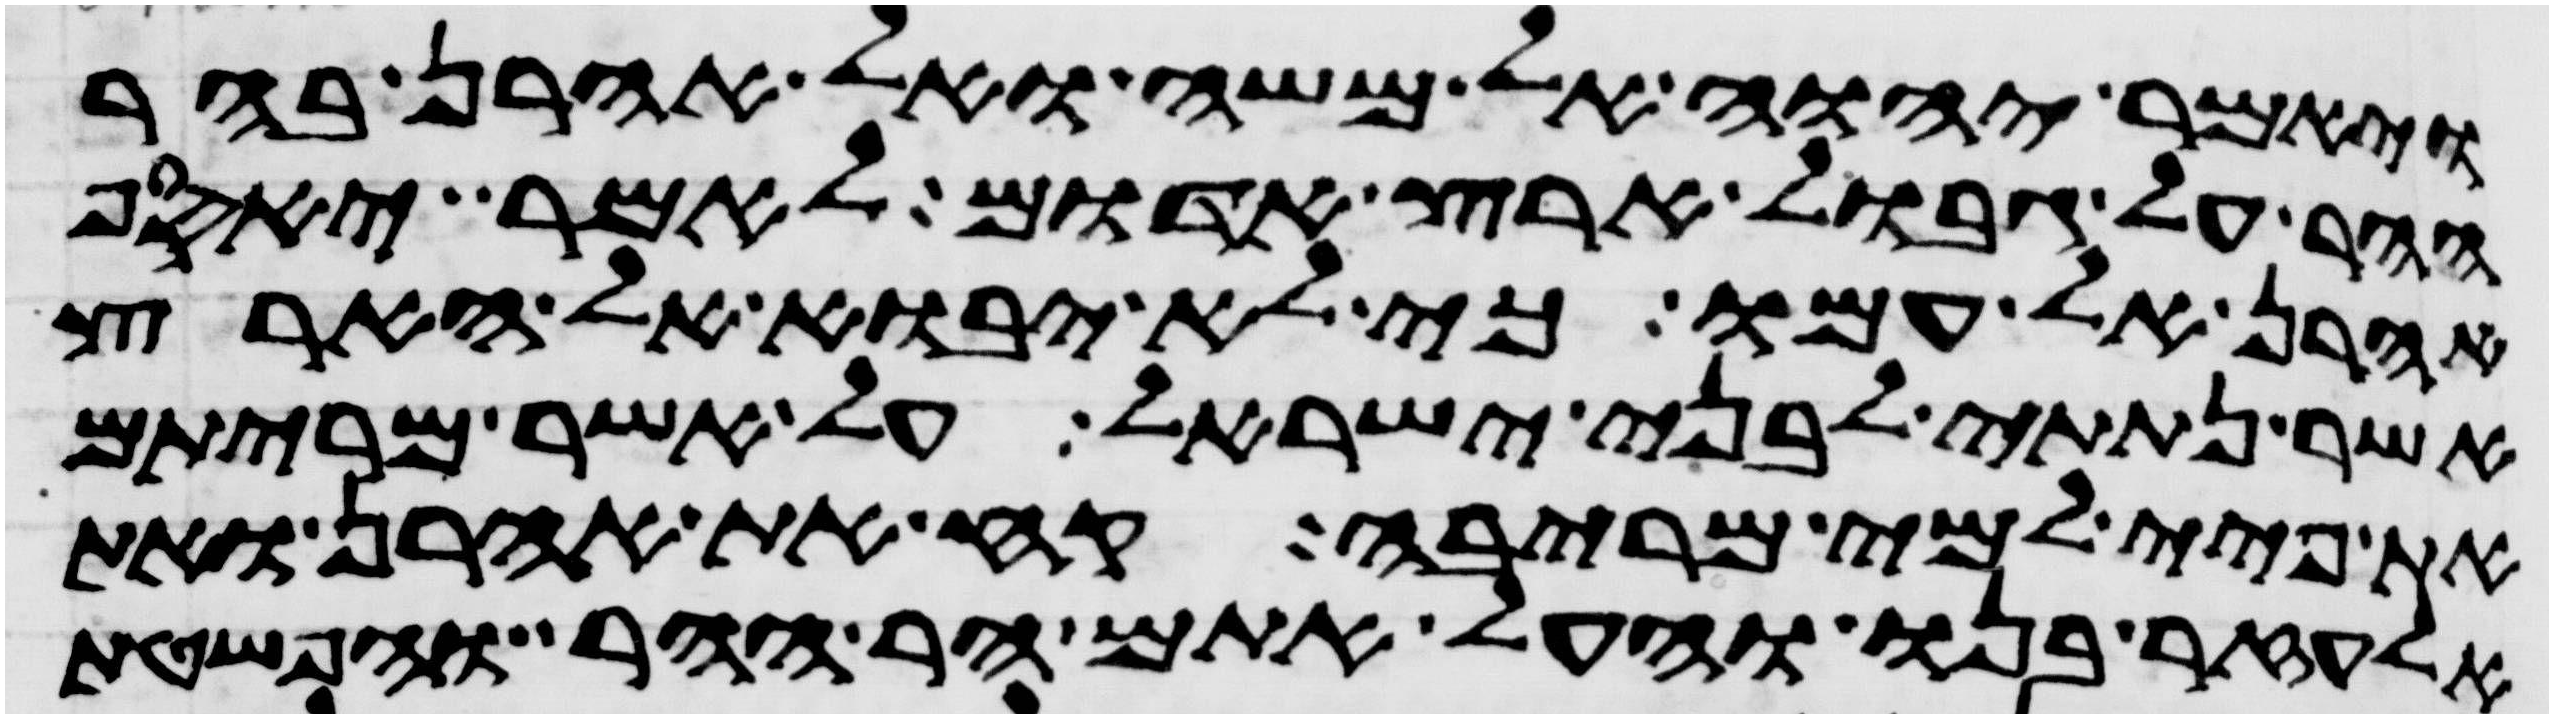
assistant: ויאמר יהוה אל משה ואל אהרן בהר
ההר על גבול ארץ אדום לאמר יאסף
אהרן אל עמו כי לא יבוא אל הארץ
אשר נתתי לבני ישראל על אשר מריתם
את פיי למי מריבה קח את אהרן ואת
אלעזר בנו והעל אתם הר ההר והפשטת